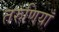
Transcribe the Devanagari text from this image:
तरुणियाँ